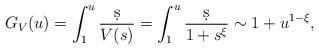
LaTeX: \begin{align*}G_V(u) = \int_1^u \frac{\d s}{V(s)} = \int_1^u \frac{\d s}{1+s^{\xi}} \sim 1 + u^{1-\xi},\end{align*}